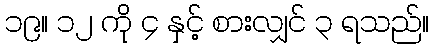
၁၉။ ၁၂ ကို ၄ နှင့် စားလျှင် ၃ ရသည်။